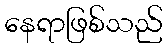
နေရာဖြစ်သည်